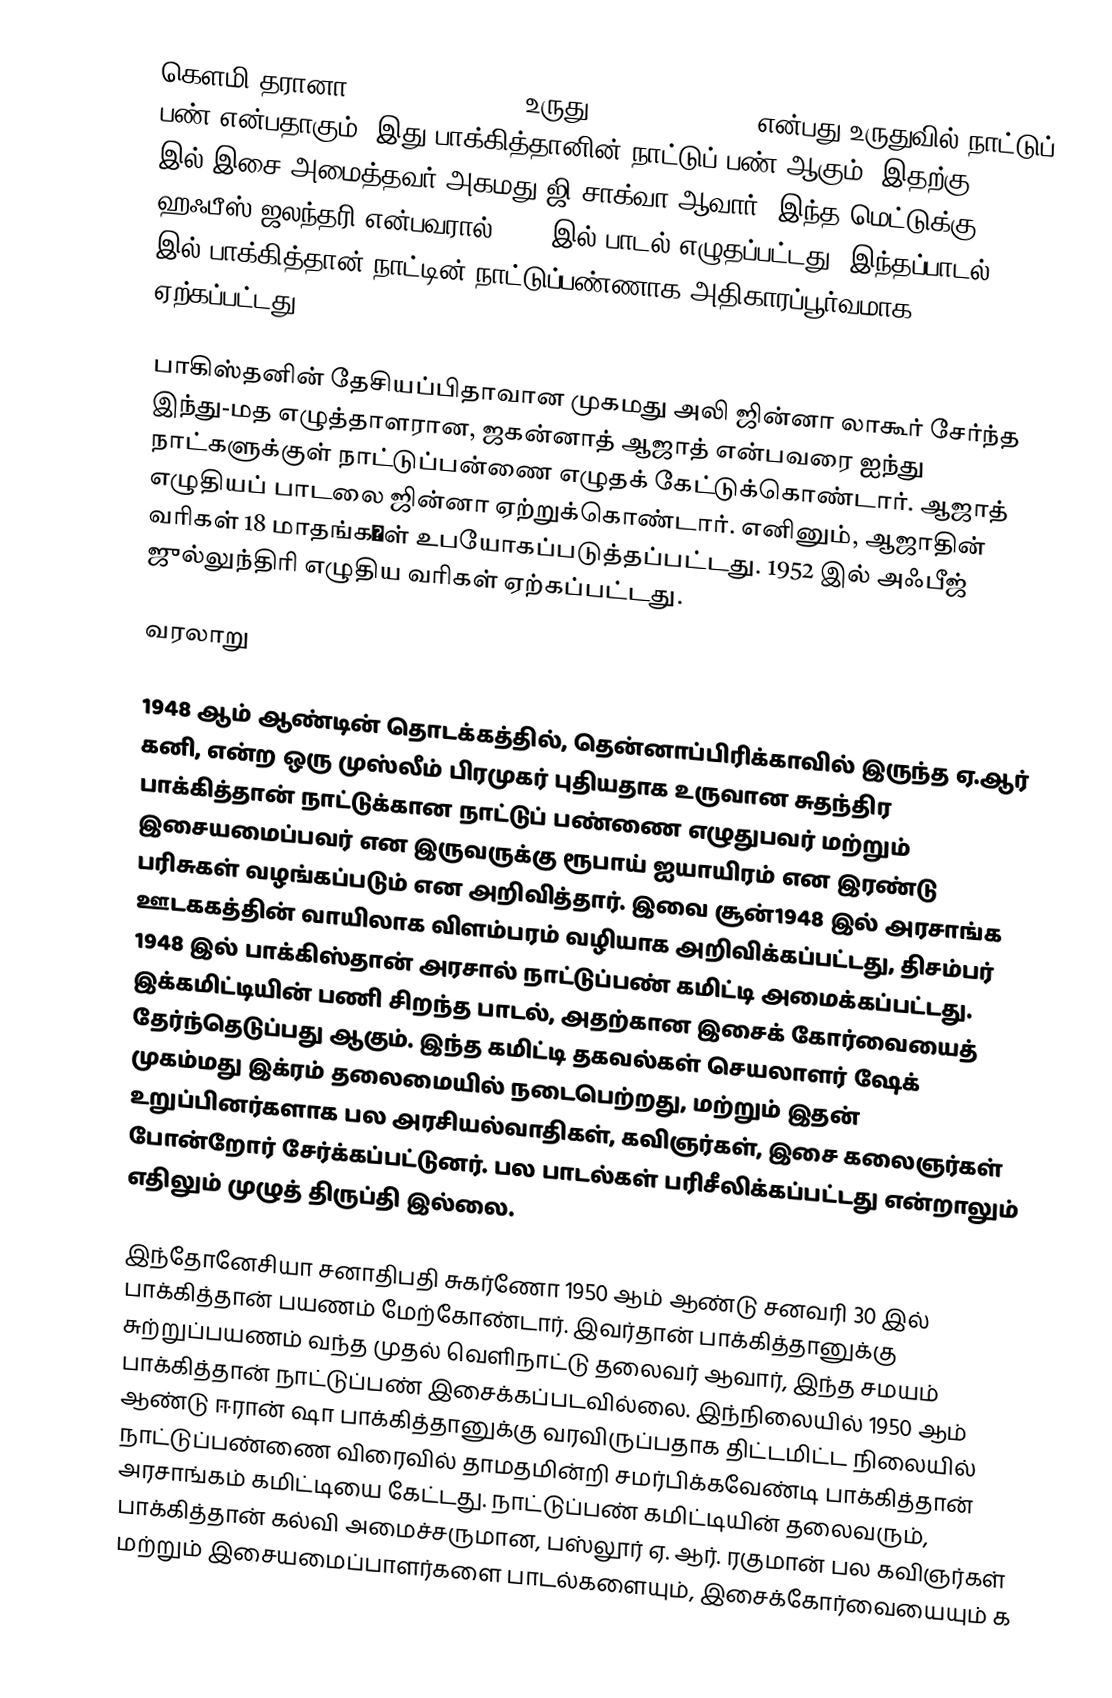
கௌமி தரானா ( Qaumi Taranah,   உருது : قومی ترانہ, ) என்பது உருதுவில் நாட்டுப் பண் என்பதாகும். இது பாக்கித்தானின்  நாட்டுப் பண் ஆகும். இதற்கு 1949 இல் இசை அமைத்தவர் அகமது ஜி சாக்வா ஆவார். இந்த மெட்டுக்கு ஹஃபீஸ் ஜலந்தரி என்பவரால் 1952 இல் பாடல் எழுதப்பட்டது. இந்தப்பாடல்  1954 இல் பாக்கித்தான் நாட்டின் நாட்டுப்பண்ணாக அதிகாரப்பூர்வமாக ஏற்கப்பட்டது.

பாகிஸ்தனின் தேசியப்பிதாவான முகமது அலி ஜின்னா லாகூர் சேர்ந்த இந்து-மத எழுத்தாளரான, ஜகன்னாத் ஆஜாத்  என்பவரை ஐந்து நாட்களுக்குள் நாட்டுப்பன்ணை எழுதக் கேட்டுக்கொண்டார். ஆஜாத் எழுதியப் பாடலை ஜின்னா ஏற்றுக்கொண்டார். எனினும், ஆஜாதின் வரிகள் 18 மாதங்க�ள் உபயோகப்படுத்தப்பட்டது. 1952 இல் அஃபீஜ் ஜுல்லுந்திரி எழுதிய வரிகள் ஏற்கப்பட்டது.

வரலாறு

1948 ஆம் ஆண்டின் தொடக்கத்தில், தென்னாப்பிரிக்காவில் இருந்த ஏ.ஆர் கனி, என்ற ஒரு முஸ்லீம் பிரமுகர் புதியதாக உருவான சுதந்திர பாக்கித்தான் நாட்டுக்கான நாட்டுப் பண்ணை எழுதுபவர் மற்றும் இசையமைப்பவர் என இருவருக்கு ரூபாய் ஐயாயிரம் என இரண்டு பரிசுகள் வழங்கப்படும் என அறிவித்தார். இவை சூன்1948 இல் அரசாங்க ஊடககத்தின் வாயிலாக  விளம்பரம் வழியாக அறிவிக்கப்பட்டது, திசம்பர் 1948 இல் பாக்கிஸ்தான் அரசால் நாட்டுப்பண் கமிட்டி அமைக்கப்பட்டது. இக்கமிட்டியின் பணி சிறந்த பாடல், அதற்கான இசைக் கோர்வையைத் தேர்ந்தெடுப்பது ஆகும். இந்த கமிட்டி தகவல்கள் செயலாளர் ஷேக் முகம்மது இக்ரம் தலைமையில் நடைபெற்றது, மற்றும் இதன் உறுப்பினர்களாக பல அரசியல்வாதிகள், கவிஞர்கள், இசை கலைஞர்கள் போன்றோர் சேர்க்கப்பட்டுனர். பல பாடல்கள் பரிசீலிக்கப்பட்டது என்றாலும் எதிலும் முழுத் திருப்தி இல்லை.

இந்தோனேசியா சனாதிபதி சுகர்ணோ 1950 ஆம் ஆண்டு சனவரி 30 இல் பாக்கித்தான் பயணம் மேற்கோண்டார். இவர்தான் பாக்கித்தானுக்கு சுற்றுப்பயணம் வந்த  முதல் வெளிநாட்டு தலைவர் ஆவார், இந்த சமயம் பாக்கித்தான் நாட்டுப்பண் இசைக்கப்படவில்லை. இந்நிலையில் 1950 ஆம் ஆண்டு  ஈரான் ஷா பாக்கித்தானுக்கு வரவிருப்பதாக திட்டமிட்ட நிலையில் நாட்டுப்பண்ணை விரைவில் தாமதமின்றி சமர்பிக்கவேண்டி  பாக்கித்தான் அரசாங்கம் கமிட்டியை கேட்டது. நாட்டுப்பண் கமிட்டியின் தலைவரும், பாக்கித்தான் கல்வி அமைச்சருமான, பஸ்லூர் ஏ. ஆர். ரகுமான் பல கவிஞர்கள் மற்றும் இசையமைப்பாளர்களை பாடல்களையும், இசைக்கோர்வையையும் க